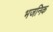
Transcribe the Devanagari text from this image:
भजनिक